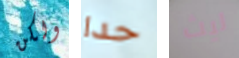
ولكن حدا ليث